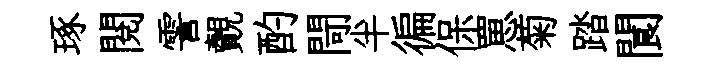
琢閱霅覿酌閜半徧保罳菊踏閬